Veterinary regulations India, 1925 -
Year: 1925
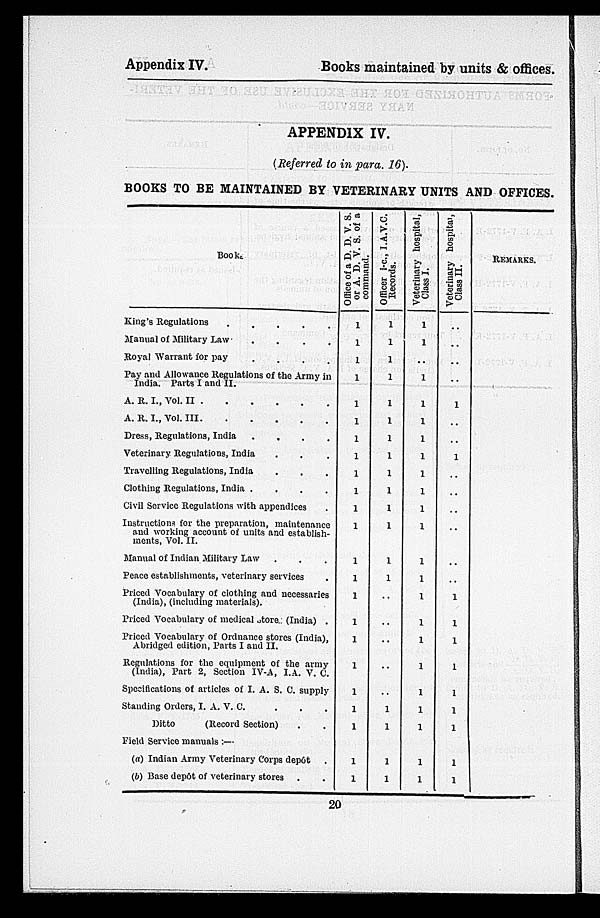
Appendix IV.
Books maintained by units & offices.
APPENDIX IV.
(Referred to in para. 16).
BOOKS TO BE MAINTAINED BY VETERINARY UNITS AND OFFICES.
Book.
King's Regulations
.
.
.
.
.
Manual of Military Law
.
.
.
.
Royal Warrant for pay
.
.
.
.
Pay and Allowance Regulations of the Army in
India. Parts I and II. . . . .
A. R. I., Vol. II
.
.
.
.
.
A. R. I., Vol.
III
.
.
.
.
.
Dress, Regulations, India
.
.
.
.
.
Veterinary Regulations, India . . .
Travelling Regulations, India . . .
Clothing Regulations, India . . . . .
Civil Service Regulations with appendices .
Instructions for the preparation, maintenance
and working account of units and establish-
ments, Vol. II.
Manual of Indian Military Law . . .
Peace establishments, veterinary services .
Priced Vocabulary of clothing and necessaries
(India), (including materials).
Priced Vocabulary of medical store (India) .
Priced Vocabulary of Ordnance stores (India),
Abridged edition, Parts I and II.
Regulations for the equipment of the army
(India), Part 2, Section IV-A, I.A. V. C.
Specifications of articles of I. A. S. C. supply
Standing Orders, I. A. V. C. . . .
Ditto
(Record Section) . .
Field Service manuals :—
(a) Indian Army Veterinary Corps dep6t .
(b) Base depôt of veterinary stores . .
Office of a D. D. V. S.
or A. D. V. S. of a
command.
1
1
1
1
1
1
1
1
1
1
1
1
1
1
1
1
1
1
1
1
1
1
1
Officer i-c., I.A.V.C.
Records.
1
1
1
1
1
1
1
1
1
1
1
1
1
1
..
..
..
..
..
1
1
1
1
Veterinary hospital,
Class I.
1
1
..
1
1
1
1
1
1
1
1
1
1
1
1
1
1
1
1
1
1
1
1
Veterinary hospital,
Class II.
..
..
..
..
1
..
..
1
..
..
..
..
..
..
1
1
1
1
1
1
1
1
1
Remarks.
20